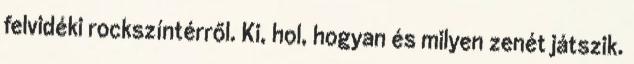
felvidéki rockszíntérről. Ki, hol, hogyan és milyen zenét játszik.